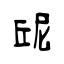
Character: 屔